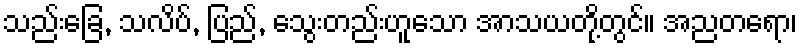
သည်းခြေ, သလိပ်, ပြည်, သွေးတည်းဟူသော အာသယတို့တွင်။ အညတရော၊